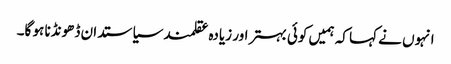
انہوں نے کہا کہ ہمیں کوئی بہتر اور زیادہ عقلمند سیاستدان ڈھونڈنا ہو گا۔